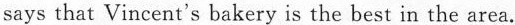
says that Vincent's bakery is the best in the area.